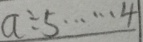
a \div 5 \cdots 4